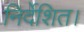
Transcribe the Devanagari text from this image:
निर्देशित।